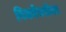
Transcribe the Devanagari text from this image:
विधवेबरोबर